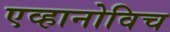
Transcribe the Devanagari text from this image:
एव्हानोविच